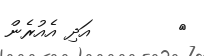
٣        އަދި އެއުރެން